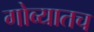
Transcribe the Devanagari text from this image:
गोव्यातच